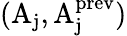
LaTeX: \mathrm{(A_{j},A_{j}^{prev})}